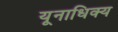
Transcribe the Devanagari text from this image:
यूनाधिक्य